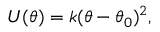
U ( \theta ) = k ( \theta - \theta _ { 0 } ) ^ { 2 } ,